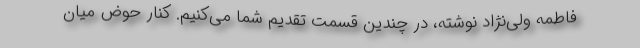
فاطمه ولی‌نژاد نوشته، در چندین قسمت تقدیم شما می‌کنیم. کنار حوض میان